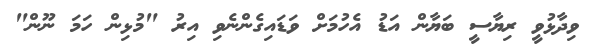
ވިދާޅުވީ ރިޔާސީ ބަޔާން އަޑު އެހުމަށް ވަޑައިގެންނެވި އިރު "މުޅިން ހަމަ ނޫން"